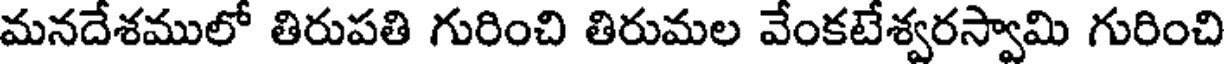
మనదేశములో తిరుపతి గురించి తిరుమల వేంకటేశ్వరస్వామి గురించి